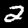
Digit: 2